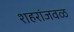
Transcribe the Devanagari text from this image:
शहरांजवळ